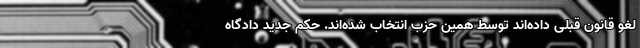
لغو قانون قبلی داده‌اند توسط همین حزب انتخاب شده‌اند. حکم جدید دادگاه